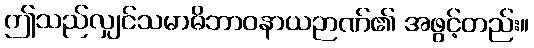
ဤသည်လျှင်သမာဓိဘာဝနာယဉာဏ်၏ အဖွင့်တည်း။